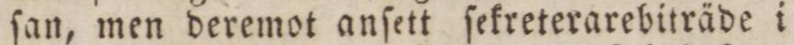
ſan, men deremot anſett ſekreterarebiträde i